画像に写った文字を読んでください
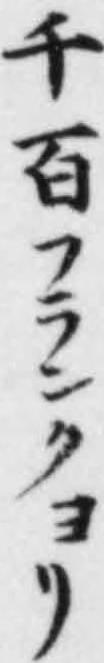
「千百フランクヨリ」と書いてあります